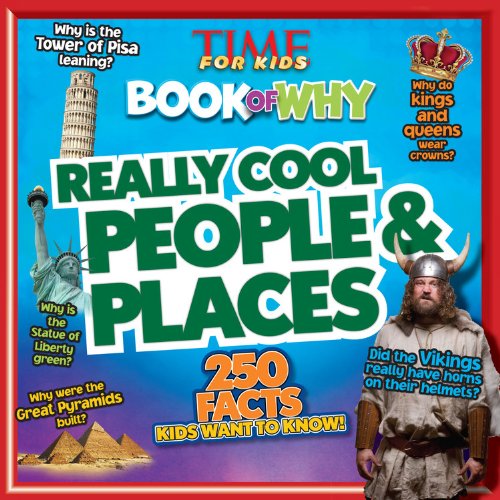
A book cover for TIME For Kids Book of Why: Really Cool People & Places; Editors of TIME For Kids Magazine; Children's Books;